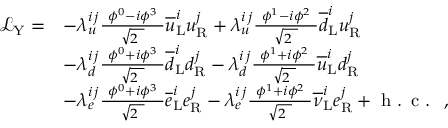
{ \begin{array} { r l } { { \mathcal { L } } _ { \mathrm { Y } } = } & { - \lambda _ { u } ^ { i \, j } { \frac { \ \phi ^ { 0 } - i \phi ^ { 3 } \ } { \sqrt { 2 \ } } } { \overline { { u } } } _ { \mathrm { L } } ^ { i } u _ { \mathrm { R } } ^ { j } + \lambda _ { u } ^ { i \, j } { \frac { \ \phi ^ { 1 } - i \phi ^ { 2 } \ } { \sqrt { 2 \ } } } { \overline { { d } } } _ { \mathrm { L } } ^ { i } u _ { \mathrm { R } } ^ { j } } \\ & { - \lambda _ { d } ^ { i \, j } { \frac { \ \phi ^ { 0 } + i \phi ^ { 3 } \ } { \sqrt { 2 \ } } } { \overline { { d } } } _ { \mathrm { L } } ^ { i } d _ { \mathrm { R } } ^ { j } - \lambda _ { d } ^ { i \, j } { \frac { \ \phi ^ { 1 } + i \phi ^ { 2 } \ } { \sqrt { 2 \ } } } { \overline { { u } } } _ { \mathrm { L } } ^ { i } d _ { \mathrm { R } } ^ { j } } \\ & { - \lambda _ { e } ^ { i \, j } { \frac { \ \phi ^ { 0 } + i \phi ^ { 3 } \ } { \sqrt { 2 \ } } } { \overline { { e } } } _ { \mathrm { L } } ^ { i } e _ { \mathrm { R } } ^ { j } - \lambda _ { e } ^ { i \, j } { \frac { \ \phi ^ { 1 } + i \phi ^ { 2 } \ } { \sqrt { 2 \ } } } { \overline { { \nu } } } _ { \mathrm { L } } ^ { i } e _ { \mathrm { R } } ^ { j } + { \textrm { h . c . } } \ , } \end{array} }